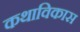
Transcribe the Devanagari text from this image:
कथाविकास